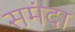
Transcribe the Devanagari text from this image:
समंदा